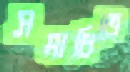
সমাধিতে